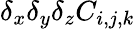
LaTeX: \delta_{x}\delta_{y}\delta_{z}C_{i,j,k}